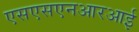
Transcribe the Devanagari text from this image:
एसएसएनआरआई